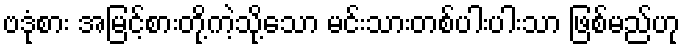
ဗဒုံစား အမြင့်စားတို့ကဲ့သို့သော မင်းသားတစ်ပါးပါးသာ ဖြစ်မည်ဟု